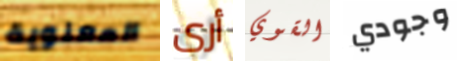
المعنوية أرى القوي وجودي